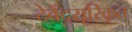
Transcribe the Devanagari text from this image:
देवेंद्रसूरिकृत